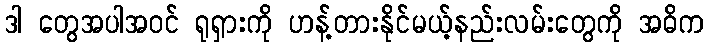
ဒါ တွေအပါအဝင် ရုရှားကို ဟန့်တားနိုင်မယ့်နည်းလမ်းတွေကို အဓိက